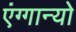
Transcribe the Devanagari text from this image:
एंग्गान्यो